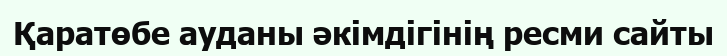
Қаратөбе ауданы әкімдігінің ресми сайты